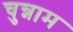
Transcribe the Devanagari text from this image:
चुन्नाम